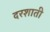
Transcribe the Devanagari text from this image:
दरशाती